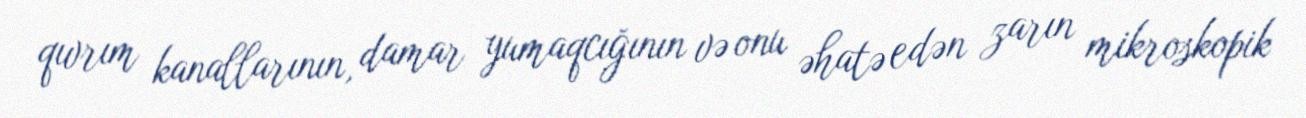
qıvrım kanallarının, damar yumaqcığının və onu əhatə edən zarın mikroskopik